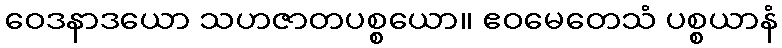
ဝေဒနာဒယော သဟဇာတပစ္စယော။ ဧဝမေတေသံ ပစ္စယာနံ